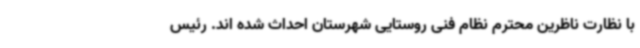
با نظارت ناظرین محترم نظام فنی روستایی شهرستان احداث شده اند. رئیس